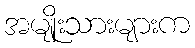
အမျိုးသားများက